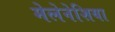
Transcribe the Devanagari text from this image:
मेलेनेशिया